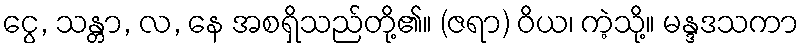
ငွေ, သန္တာ, လ, နေ အစရှိသည်တို့၏။ (ဇရာ) ဝိယ၊ ကဲ့သို့။ မန္ဒဒသကာ